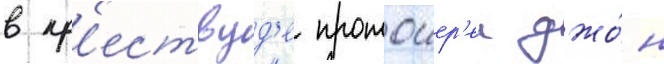
в кр'ествуд'е протоиер'еи джо́н